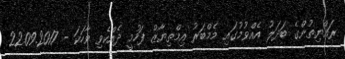
ރައްޔިތުންގެ ބަދަލު އެއްވުމުގައި މެމްބަރު އިމްތިޔާޒް ފަހުމީ ދެއްކެވި ވާހަކަ - 22.09.2017